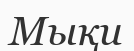
Мықи